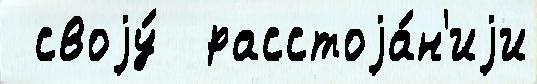
 своjу́  расстоjа́н'иjи